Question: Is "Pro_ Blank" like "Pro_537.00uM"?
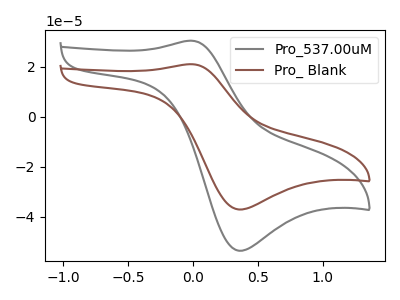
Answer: <think>The gray curve "Pro_537.00uM" has an anodic peak at (0.00V, 30.55uA) and a cathodic peak at (0.35V, -53.60uA). The brown curve "Pro_ Blank" has an anodic peak at (0.00V, 21.15uA) and a cathodic peak at (0.35V, -37.05uA).
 All the peaks in "Pro_ Blank" have a peak in "Pro_537.00uM" at the same potential. Every peak in "Pro_ Blank" is lower than every peak in "Pro_537.00uM".</think>
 <answer>"Pro_ Blank" and "Pro_537.00uM" are similar in shape.</answer>
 <eval>same_shape</eval>